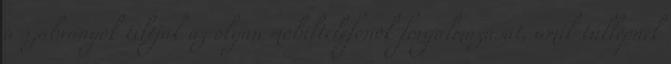
a szabványok tiltják az olyan mobiltelefonok forgalmazását, amik túllépnek